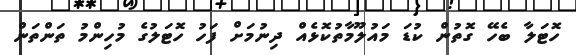
ހޮޓަލާ ބެހޭ ގޮތުން ކުޑަ މައުލޫމާތުކޮޅެއް ދިނުމަށް ފަހު ހޮޓަލުގެ މުހިންމު ތަންތަން